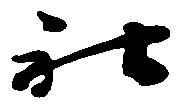
社